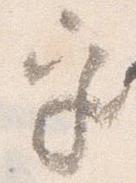
乎